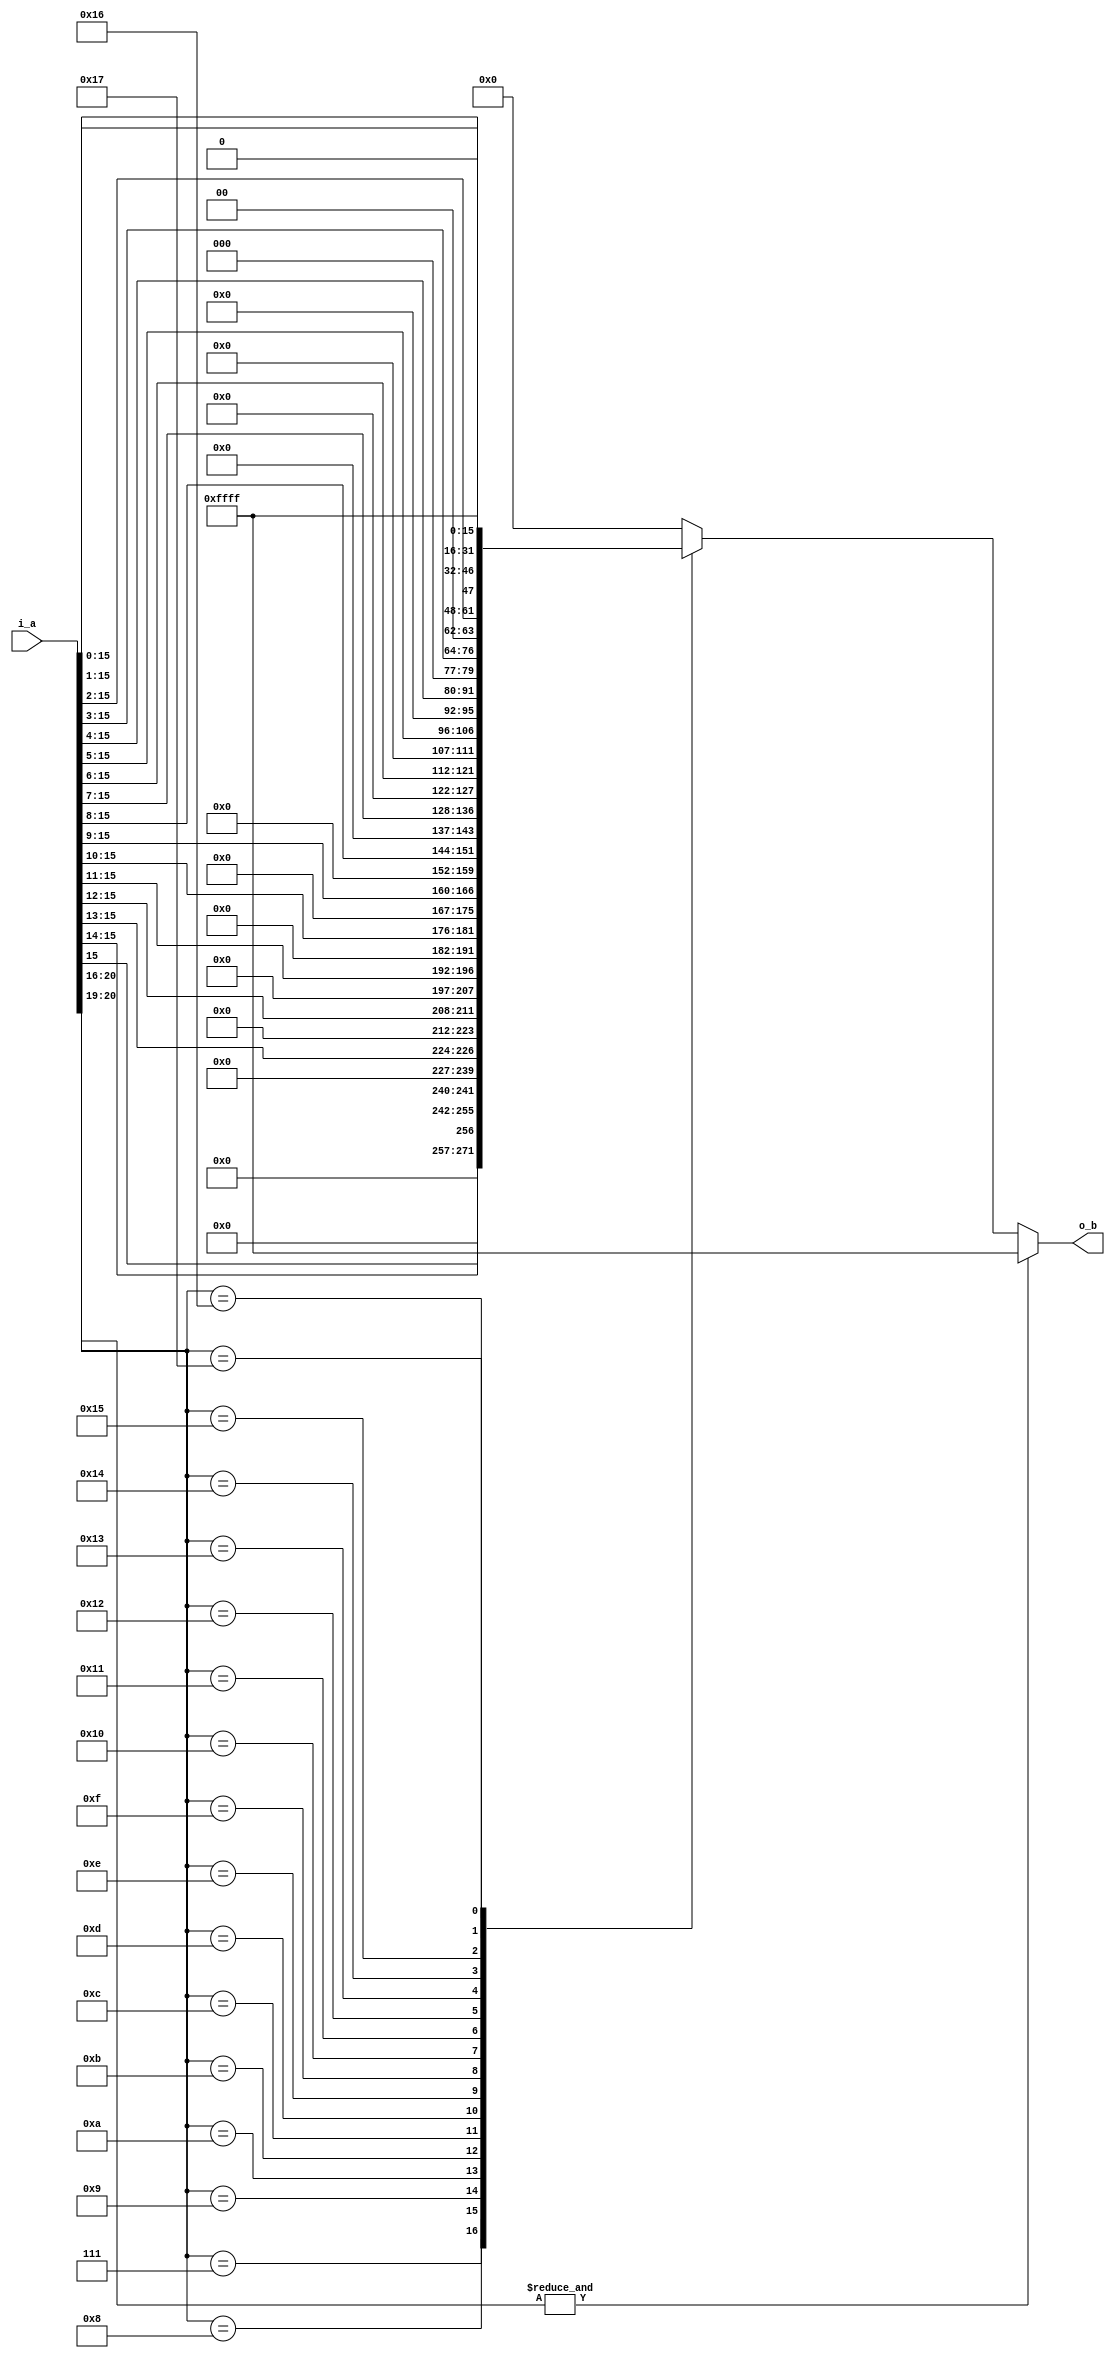
module fm_3d_f22_to_z (
    i_a,
    o_b
);

///////////////////////////////////////////
//  port definition
///////////////////////////////////////////
    input  [21:0] i_a;          // input s1, e5, f1.15
    output [15:0] o_b;          // unsigned integer
///////////////////////////////////////////
//  wire definition
///////////////////////////////////////////
    // intermidiate wire
    wire [4:0]  w_exp;
    wire [15:0] w_fraction;

///////////////////////////////////////////
//  assign statement
///////////////////////////////////////////
    assign w_exp  = i_a[20:16];
    assign w_fraction = i_a[15:0];

    assign o_b = f_ftoi(w_exp, w_fraction);
///////////////////////////////////////////
//  function statement
///////////////////////////////////////////
    function [15:0] f_ftoi;
        input [4:0]  exp;
        input [15:0] frac;
        begin
            if (&exp[4:3]) begin  // over value
                f_ftoi = 16'hffff;
            end else begin
                case (exp[4:0])
                    5'h7:  f_ftoi = {15'b0,frac[15]};    // bias 0
                    5'h8:  f_ftoi = {14'b0,frac[15:14]};
                    5'h9:  f_ftoi = {13'b0,frac[15:13]};
                    5'ha:  f_ftoi = {12'b0,frac[15:12]};
                    5'hb:  f_ftoi = {11'b0,frac[15:11]};
                    5'hc:  f_ftoi = {10'b0,frac[15:10]};
                    5'hd:  f_ftoi = {9'b0,frac[15:9]};
                    5'he:  f_ftoi = {8'b0,frac[15:8]};
                    5'hf:  f_ftoi = {7'b0,frac[15:7]};
                    5'h10: f_ftoi = {6'b0,frac[15:6]};
                    5'h11: f_ftoi = {5'b0,frac[15:5]};
                    5'h12: f_ftoi = {4'b0,frac[15:4]};
                    5'h13: f_ftoi = {3'b0,frac[15:3]};
                    5'h14: f_ftoi = {2'b0,frac[15:2]};
                    5'h15: f_ftoi = {1'b0,frac[15:1]};
                    5'h16: f_ftoi = frac[15:0];
                    5'h17: f_ftoi = 16'hffff;
                    default: f_ftoi = 16'h0;
                endcase
            end
        end
    endfunction

endmodule